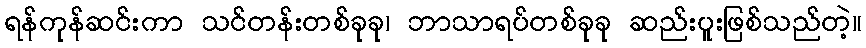
ရန်ကုန်ဆင်းကာ သင်တန်းတစ်ခုခု၊ ဘာသာရပ်တစ်ခုခု ဆည်းပူးဖြစ်သည်တဲ့။